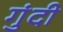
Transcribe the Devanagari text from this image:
गुंदी